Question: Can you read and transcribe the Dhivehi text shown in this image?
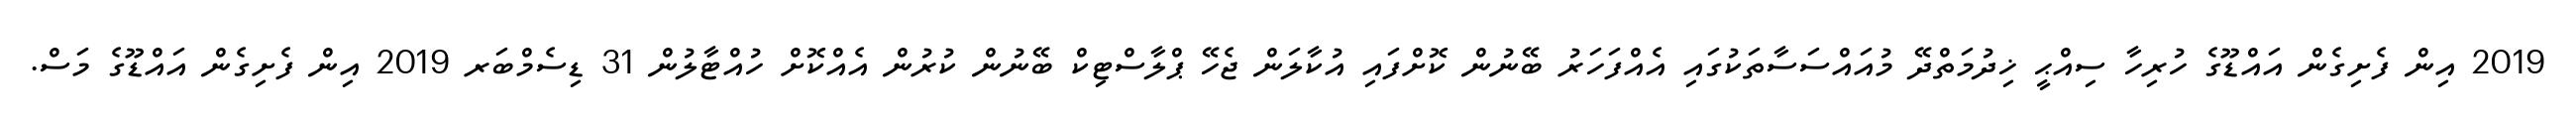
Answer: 2019 އިން ފެށިގެން އައްޑޫގެ ހުރިހާ ސިއްޙީ ޚިދުމަތްދޭ މުއައްސަސާތަކުގައި އެއްފަހަރު ބޭނުން ކޮށްފައި އުކާލަން ޖެހޭ ޕްލާސްޓިކް ބޭނުން ކުރުން އެއްކޮށް ހުއްޓާލުން 31 ޑިސެމްބަރ 2019 އިން ފެށިގެން އައްޑޫގެ މަސް.